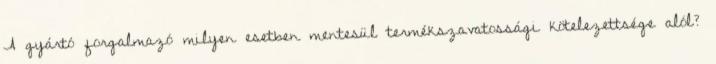
A gyártó forgalmazó milyen esetben mentesül termékszavatossági kötelezettsége alól?